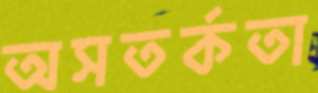
অসতর্কতা